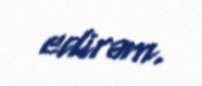
edirəm.